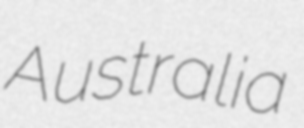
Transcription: Australia